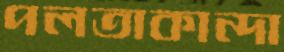
পলতাকান্দা